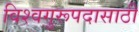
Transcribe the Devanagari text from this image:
विश्वगुरूपदासाठी